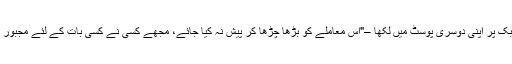
اُس نے فیس بُک پر اپنی دوسری پوسٹ میں لکھا –"اس معاملے کو بڑھا چڑھا کر پیش نہ کیا جائے، مجھے کسی نے کسی بات کے لئے مجبور نہیں کیا ہے'۔